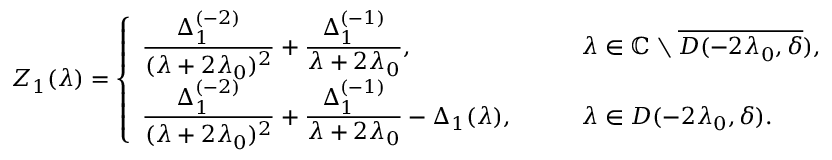
Z _ { 1 } ( \lambda ) = \left\{ \begin{array} { l l } { \displaystyle \frac { \Delta _ { 1 } ^ { ( - 2 ) } } { ( \lambda + 2 \lambda _ { 0 } ) ^ { 2 } } + \frac { \Delta _ { 1 } ^ { ( - 1 ) } } { \lambda + 2 \lambda _ { 0 } } , } & { \qquad \lambda \in \mathbb { C } \setminus \overline { { D ( - 2 \lambda _ { 0 } , \delta } } ) , } \\ { \displaystyle \frac { \Delta _ { 1 } ^ { ( - 2 ) } } { ( \lambda + 2 \lambda _ { 0 } ) ^ { 2 } } + \frac { \Delta _ { 1 } ^ { ( - 1 ) } } { \lambda + 2 \lambda _ { 0 } } - \Delta _ { 1 } ( \lambda ) , } & { \qquad \lambda \in D ( - 2 \lambda _ { 0 } , \delta ) . } \end{array} \right.